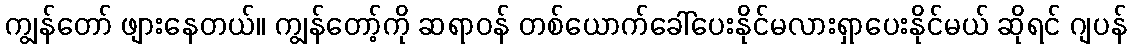
ကျွန်တော် ဖျားနေတယ်။ ကျွန်တော့်ကို ဆရာဝန် တစ်ယောက်ခေါ်ပေးနိုင်မလားရှာပေးနိုင်မယ် ဆိုရင် ဂျပန်